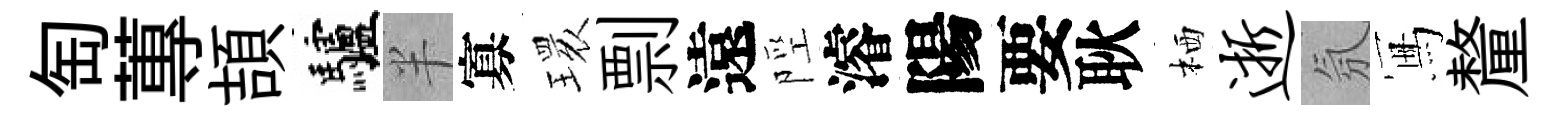
匋蓴頡驢半寡𤨔剽遠陘濬陽要耿栖逝氛冩釐